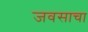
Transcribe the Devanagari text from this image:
जवसाचा